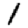
Digit: 1